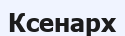
Ксенарх